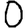
Digit: 0